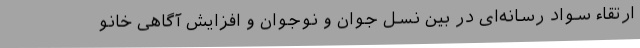
ارتقاء سواد رسانه‌ای در بین نسل جوان و نوجوان و افزایش آگاهی خانو